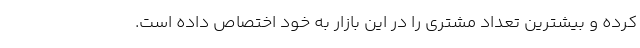
کرده و بیشترین تعداد مشتری را در این بازار به خود اختصاص داده است.